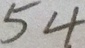
5 4